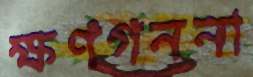
ক্ষণগননা